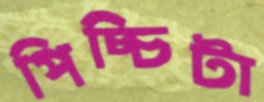
পিচ্চিটা